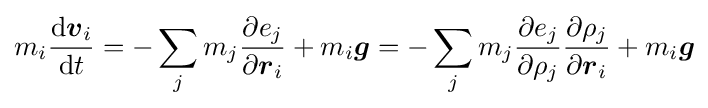
m_{i}{\frac {\mathrm {d} {\boldsymbol {v}}_{i}}{\mathrm {d} t}}=-\sum _{j}m_{j}{\frac {\partial e_{j}}{\partial {\boldsymbol {r}}_{i}}}+m_{i}{\boldsymbol {g}}=-\sum _{j}m_{j}{\frac {\partial e_{j}}{\partial \rho _{j}}}{\frac {\partial \rho _{j}}{\partial {\boldsymbol {r}}_{i}}}+m_{i}{\boldsymbol {g}}